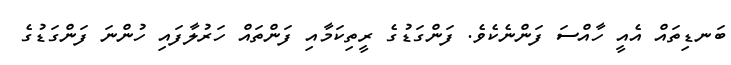
ބަނޑިތައް އެއީ ހާއްސަ ފަންނެކެވެ. ފަންގަޑުގެ ރީތިކަމާއި ފަންތައް ހަރުލާފައި ހުންނަ ފަންގަޑުގެ